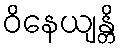
ဝိနေယျန္တိ